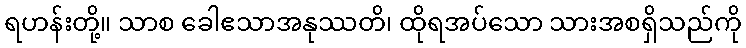
ရဟန်းတို့။ သာစ ခေါဧသာအနုဿတိ၊ ထိုရအပ်သော သားအစရှိသည်ကို